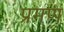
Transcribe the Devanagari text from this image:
प्रमण